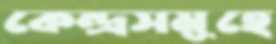
কেন্দ্রসমূহে